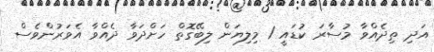
އަދި ތިދެއްވާ މުސާރަ ކުޑައީ 1 މިލިޔަން ލިބޭގޮތް ހަށްދަވާ ދެއްވާ އެވަރުންވެސް